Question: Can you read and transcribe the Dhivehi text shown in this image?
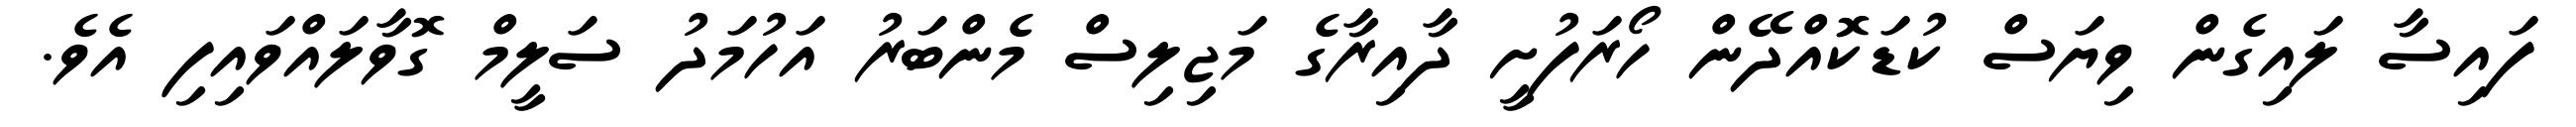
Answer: ފައިސާ ލައިގެން ވިޔަސް ކުޑަކޮއްދޭން ހޯރަފުށީ ދާއިރާގެ މަޖިލިސް މެންބަރު އަހުމަދު ސަލީމް ގޮވާލައްވައިފި އެވެ.